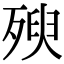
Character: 𣧴